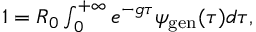
\begin{array} { r } { 1 = R _ { 0 } \int _ { 0 } ^ { + \infty } { e ^ { - g \tau } \psi _ { \mathrm { g e n } } ( \tau ) d \tau } , } \end{array}